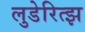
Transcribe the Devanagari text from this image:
लुडेरित्झ